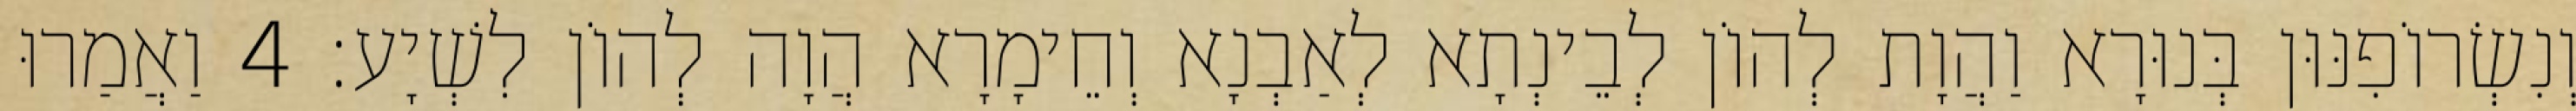
וְנִשְׂרוֹפִנּוּן בְּנוּרָא וַהֲוָת לְהוֹן לְבֵינְתָא לְאַבְנָא וְחֵימָרָא הֲוָה לְהוֹן לִשְׁיָע׃ 4 וַאֲמַרוּ